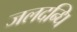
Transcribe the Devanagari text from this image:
जलदन्धि